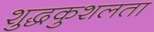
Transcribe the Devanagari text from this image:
शुद्धकुशलता